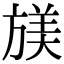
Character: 𫞁